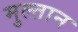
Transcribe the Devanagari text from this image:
मुल्‍तान